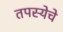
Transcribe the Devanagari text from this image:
तपस्येचे